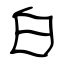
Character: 白